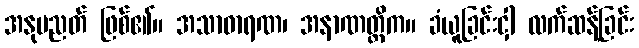
အနုပညတ် ဖြစ်၏။ အသာဓာရဏ၊ အနာဏတ္တိက။ ခံယူခြင်းငှါ လက်ဆန့်ခြင်း